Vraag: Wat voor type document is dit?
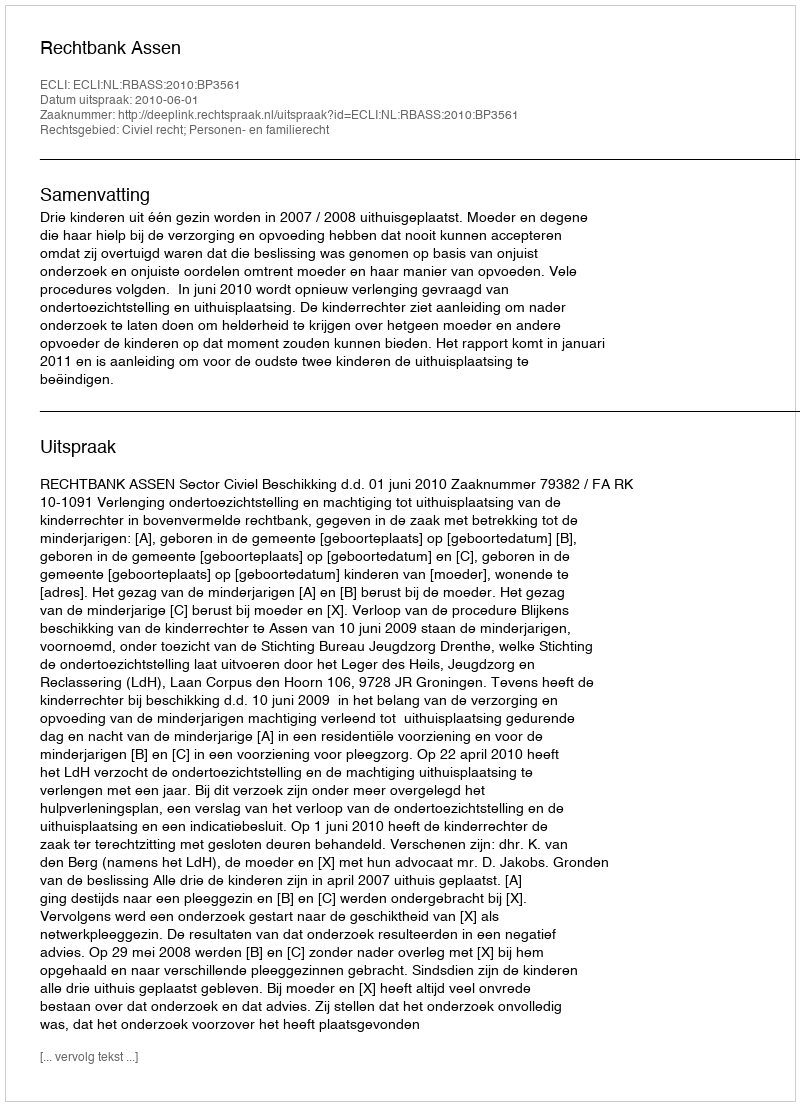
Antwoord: Uitspraak